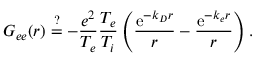
G _ { e e } ( \boldsymbol { r } ) \stackrel { ? } { = } - \frac { e ^ { 2 } } { T _ { e } } \frac { T _ { e } } { T _ { i } } \left( \frac { \mathrm { e } ^ { - k _ { D } r } } { r } - \frac { \mathrm { e } ^ { - k _ { e } r } } { r } \right) .